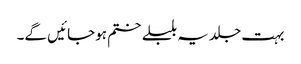
بہت جلد یہ بلبلے ختم ہوجائیں گے۔